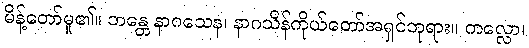
မိန့်တော်မူ၏။ ဘန္တေ နာဂသေန၊ နာဂသိန်ကိုယ်တော်အရှင်ဘုရား။ ကလ္လော၊